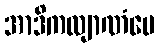
အာဒိကလျာဏံပေ